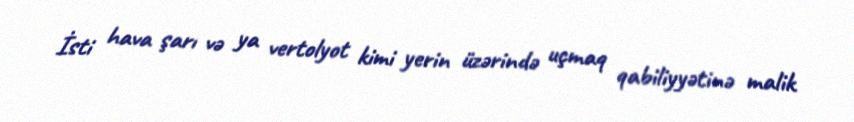
İsti hava şarı və ya vertolyot kimi yerin üzərində uçmaq qabiliyyətinə malik